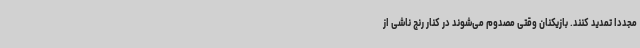
مجدداً تمدید کنند. بازیکنان وقتی مصدوم می‌شوند در کنار رنج ناشی از